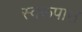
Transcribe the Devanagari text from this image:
स्वरूपास